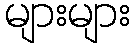
များများ